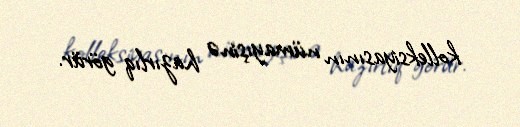
kolleksiyasının nümayışinə hazırlıq görür.